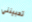
تحبينني